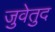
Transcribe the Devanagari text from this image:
जुवेतुद